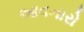
આવનારો